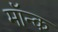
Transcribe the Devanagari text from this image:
मॉन्क